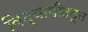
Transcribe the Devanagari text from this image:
विद्यापीठतून